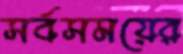
সর্বসময়ের